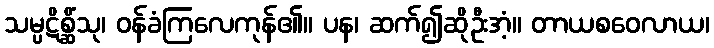
သမ္ပဋိစ္ဆိံသု၊ ဝန်ခံကြလေကုန်၏။ ပန၊ ဆက်၍ဆိုဦးအံ့။ တာယစဝေလာယ၊